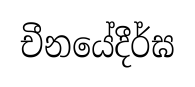
චීනයේදීර්ඝ